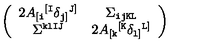
\left( \begin{array} { c c } { 2 A _ { [ { \tt i } } { } ^ { [ { \tt I } } \delta _ { { \tt j } ] } { } ^ { { \tt J } ] } } & { \Sigma _ { \tt i j K L } } \\ { \Sigma ^ { \tt k l I J } } & { 2 A _ { [ { \tt k } } { } ^ { [ { \tt K } } \delta _ { { \tt l } ] } { } ^ { { \tt L } ] } } \\ \end{array} \right)